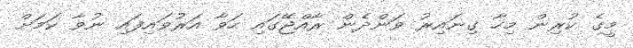
މީގެ ކުރިން މިހާ ގިނައިރު ވަންދެން ރާއްޖޭގައި ހަވާ އަރުވައިފައި ނުވާ ކަމަށް